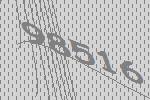
98516